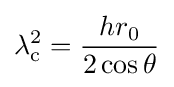
\lambda _{\rm {c}}^{2}={\frac {hr_{0}}{2\cos \theta }}